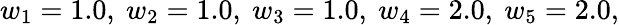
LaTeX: w_{1}=1.0,~w_{2}=1.0,~w_{3}=1.0,~w_{4}=2.0,~w_{5}=2.0,